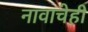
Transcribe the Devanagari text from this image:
नावाचेही